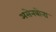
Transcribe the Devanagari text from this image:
असेनबोना